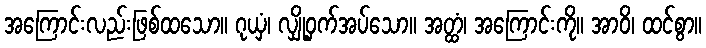
အကြောင်းလည်းဖြစ်ထသော။ ဂုယှံ၊ လျှို့ဝှက်အပ်သော။ အတ္ထံ၊ အကြောင်းကို။ အာဝိ၊ ထင်စွာ။